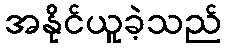
အနိုင်ယူခဲ့သည်